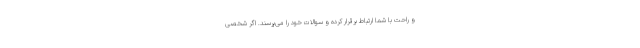
و راحت با شما ارتباط برقرار کرده و سوالات خود را می‌پرسند. اگر شخصی